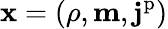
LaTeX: \mathbf{x}=(\rho,\mathbf{m},\mathbf{j}^{\mathrm{p}})